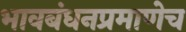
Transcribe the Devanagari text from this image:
भावबंधनप्रमाणेच